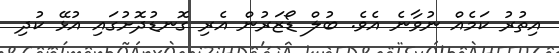
އިތުރު ކަމެއް ނުވާނެ އެވެ. ބުލް ޑޯޒަރުން އެރި ގޮނޑުދޮށުގައި އުޅޭ ކުދި